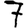
Digit: 7